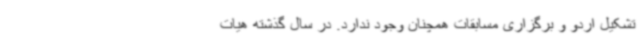
تشکیل اردو و برگزاری مسابقات همچنان وجود ندارد. در سال گذشته هیات